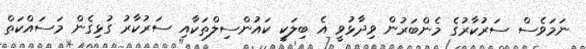
ނަމަވެސް ސަރުކާރުގެ މެންބަރުން ވިދާޅުވީ އެ ބިލަކީ ކައުންސިލްތަކާއި ސަރުކާރު ގުޅިގެން މަސައްކަތް